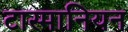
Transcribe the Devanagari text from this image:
टास्मानियन